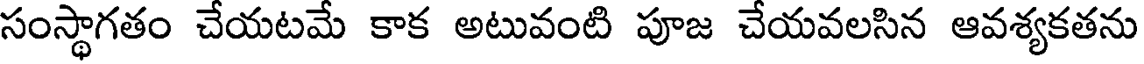
సంస్థాగతం చేయటమే కాక అటువంటి పూజ చేయవలసిన ఆవశ్యకతను